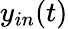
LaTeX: y_{in}(t)